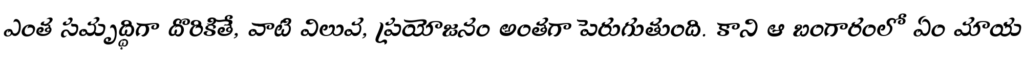
ఎంత సమృద్ధిగా దొరికితే, వాటి విలువ, ప్రయోజనం అంతగా పెరుగుతుంది. కాని ఆ బంగారంలో ఏం మాయ